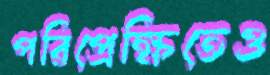
পরিপ্রেক্ষিতেও